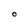
Character: 0